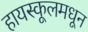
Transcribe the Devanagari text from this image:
हायस्‍कूलमधून